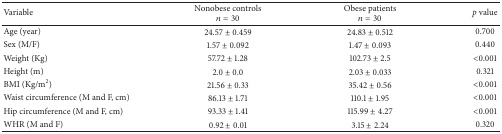
<table><thead><tr><td><b>Variable</b></td><td><b>Nonobese controls<i>n</i> = 30</b></td><td><b>Obese patients<i>n</i> = 30</b></td><td><b><i>p</i> value</b></td></tr></thead><tbody><tr><td>Age (year)</td><td>24.57 ± 0.459</td><td>24.83 ± 0.512</td><td>0.700</td></tr><tr><td>Sex (M/F)</td><td>1.57 ± 0.092</td><td>1.47 ± 0.093</td><td>0.440</td></tr><tr><td>Weight (Kg)</td><td>57.72 ± 1.28</td><td>102.73 ± 2.5</td><td>&lt;0.001</td></tr><tr><td>Height (m)</td><td>2.0 ± 0.0</td><td>2.03 ± 0.033</td><td>0.321</td></tr><tr><td>BMI (Kg/m<sup>2</sup>)</td><td>21.56 ± 0.33</td><td>35.42 ± 0.56</td><td>&lt;0.001</td></tr><tr><td>Waist circumference (M and F, cm)</td><td>86.13 ± 1.71</td><td>110.1 ± 1.95</td><td>&lt;0.001</td></tr><tr><td>Hip circumference (M and F, cm)</td><td>93.33 ± 1.41</td><td>115.99 ± 4.27</td><td>&lt;0.001</td></tr><tr><td>WHR (M and F) </td><td>0.92 ± 0.01</td><td>3.15 ± 2.24</td><td>0.320</td></tr></tbody></table>